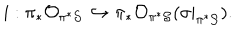
i : \pi _ { * } { \cal O } _ { \pi ^ { * } { \cal S } } \hookrightarrow \pi _ { * } { \cal O } _ { \pi ^ { * } { \cal S } } ( \sigma | _ { \pi ^ { * } { \cal S } } ) .